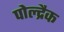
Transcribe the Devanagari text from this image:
पोल्द्रैक